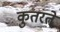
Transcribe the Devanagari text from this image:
कुतरते